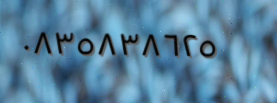
٠٨٣٥٨٣٨٦٢٥